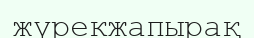
жүрекжапырақ